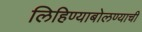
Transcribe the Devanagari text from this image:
लिहिण्याबोलण्याची